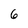
Character: 6